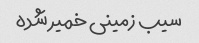
سیب زمینی خمیر شده